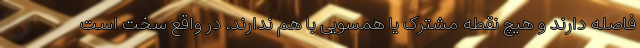
فاصله دارند و هیچ نقطه مشترک یا همسویی با هم ندارند. در واقع سخت است